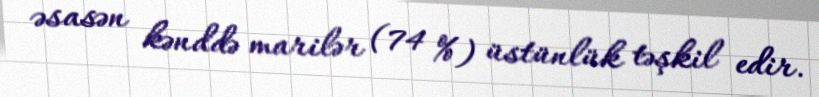
əsasən kənddə marilər (74 %) üstünlük təşkil edir.